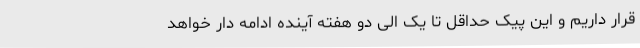
قرار داریم و این پیک حداقل تا یک الی دو هفته آینده ادامه دار خواهد